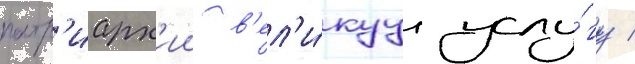
патр'иарх'ии в'ел'и́куу услу́гу /